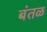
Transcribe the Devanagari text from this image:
बंतळ